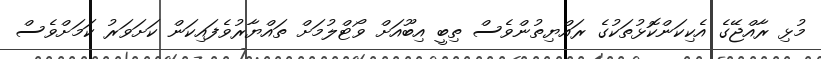
މުޅި ރާއްޖޭގެ އެކިކަންކޮޅުތަކުގެ ރައްޔިތުންވެސް ތިބީ އިބޫއަށް ވޯޓްލުމަށް ތައްޔާރުވެފައިކަން ކަށަވަރު ކަމަށްވެސް